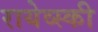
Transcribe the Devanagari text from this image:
रायेव्स्की